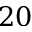
2 0